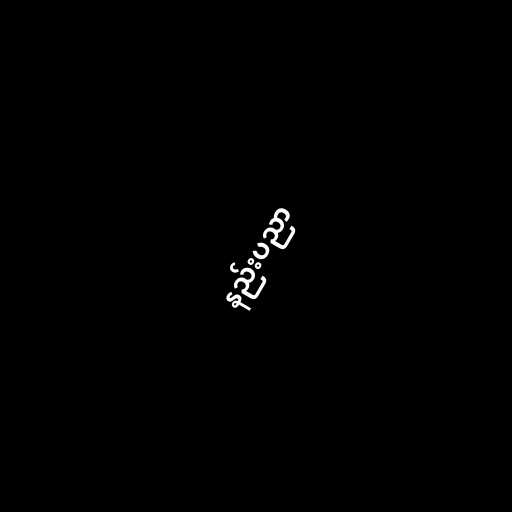
နည်းပညာ